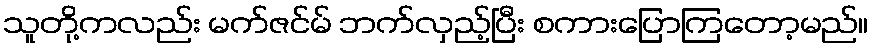
သူတို့ကလည်း မက်ဇင်မ် ဘက်လှည့်ပြီး စကားပြောကြတော့မည်။